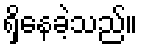
ရှိနေခဲ့သည်။